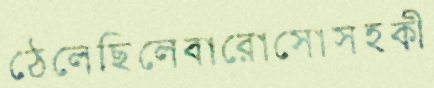
ঠেলেছিলেবারোসোসহকী